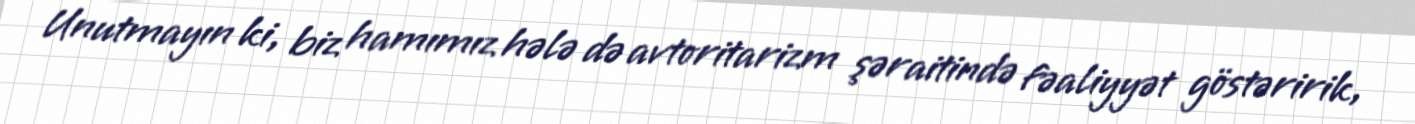
Unutmayın ki, biz hamımız hələ də avtoritarizm şəraitində fəaliyyət göstəririk,